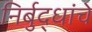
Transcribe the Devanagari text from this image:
निर्बुद्धांचे